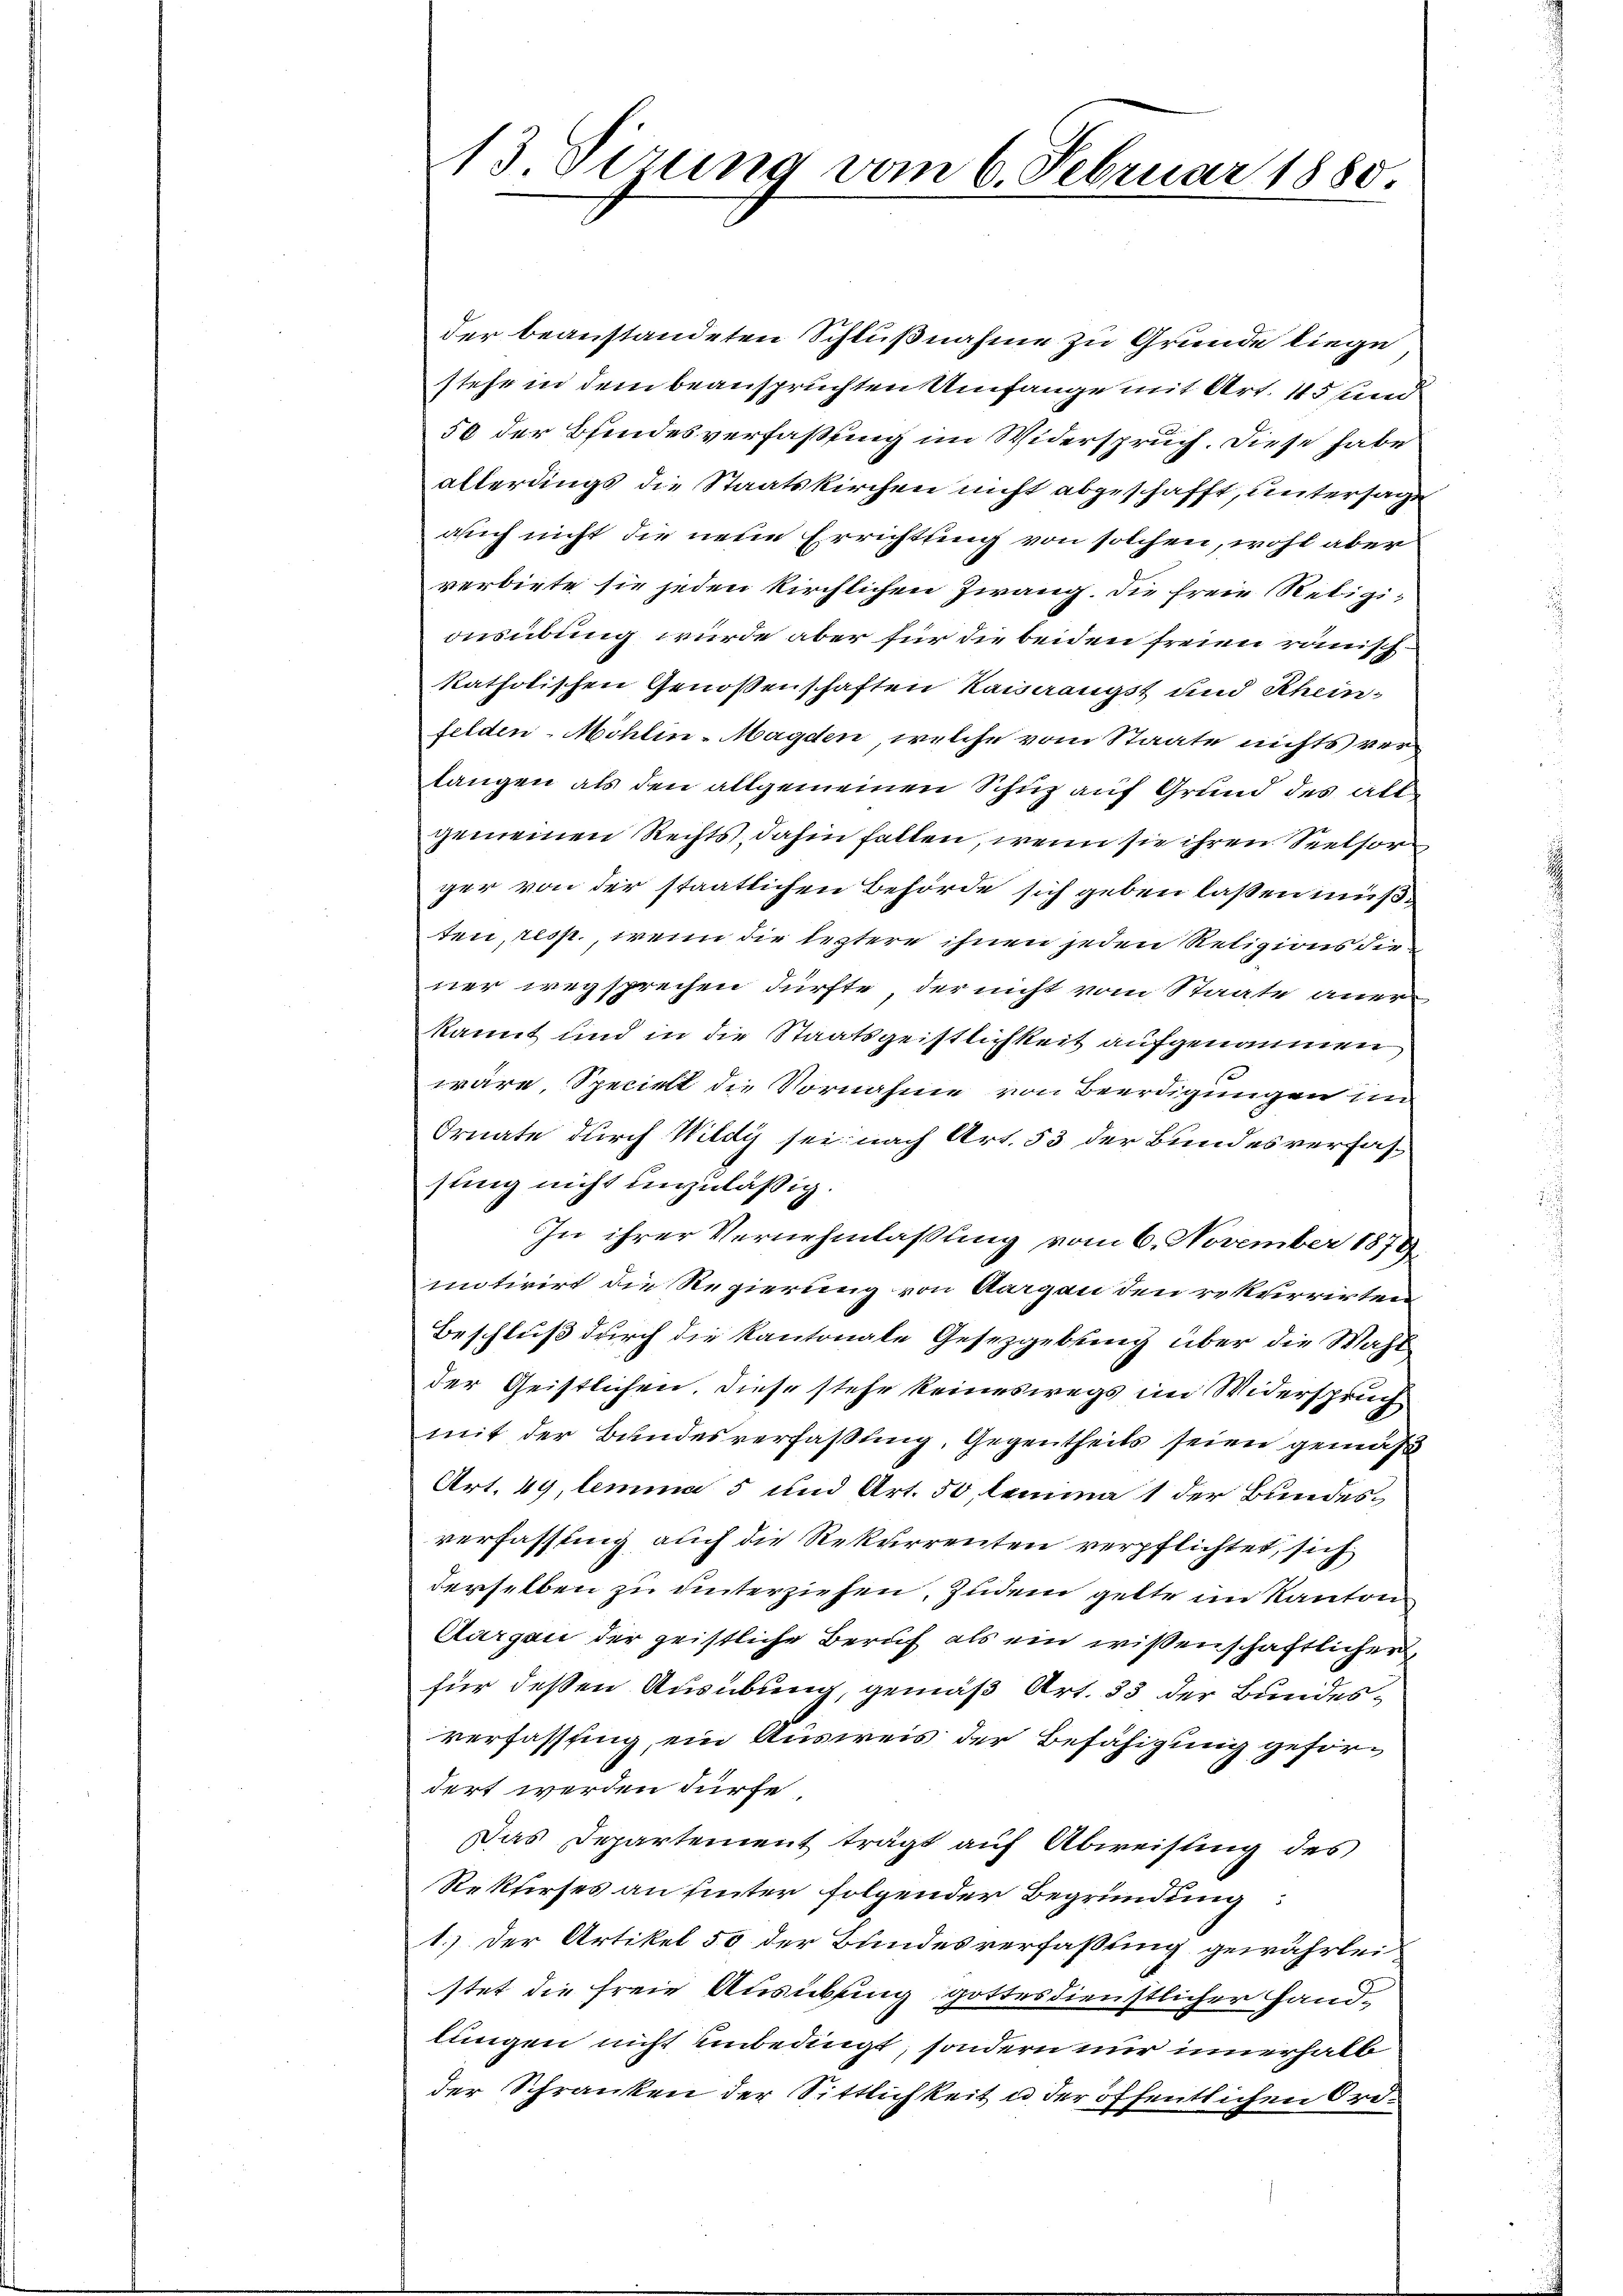
der beanstandeten Schlußnahme zu Grunde liege
stehe in dem beanspruchten Umfange mit Art. 45 und
50 der Blindesverfaßung im Widerspruch. Diese habe
allerdings die Staatskirchen nicht abgeschafft, untersage
auch nicht die neue Errichtung von solchen, wohl aber
verbiete sie jeden kirchlichen Zwang. Die freie Religiousübung wurde aber für die beiden freien römischkatholischen Genossenschaften Kauaengst und Schein-
felden-Möhlin-Magden, welche vom Staate nichts verlangen als den allgemeinen Schuz auf Grund des allgemeinen Rechts, dahin fallen, wenn sie ihren Seelsor
ger von der staatlichen Behörde sich geben laßen müßten, resp., wenn die leztere ihnen jeden Religions diener wegsprechen dürfte, der nicht vom Staate aner
kannt und in die Staatsgeistlichkeit aufgenommen
wäre, Speciell die Vornahme von Beerdigungen im
Ornate durch Wildy sei nach Art. 53 der Bundesverfassung nicht unzulässig.
In ihrer Vernehmlaßung vom 6. November 1879
mitirirt die Regierung von Aargau den rekurrirten
Beschluß durch die Kantonale Gesetzgebung über die Wahl
der Geistlichen. Diese stehe keineswegs im Widerspruch
mit der Bundesverfassung, Gegentheils seien gemäß
Art. 49, lemma 5 und Art. 50 lemma 1 der Bundesverfassung auch die Rekurrenten verpflichtet, sich
derselben zu unterziehen, zudem gelte im Kanton
Aargau der geistliche Beruf als ein wißenschaftlicher
für deßen Ausübung, gemäß Art. 33 der Bundesverfassung, ein Ausweis der Befähigung gefördert werden dürfe
Das Departement trägt auf Abweisung des
Rekfirses an Hinter folgender Begründung:
1.) Der Artikel 50 der Bundesverfaßung gewährlei
stet die freie Ausübung gottesdienstlicher Handlungen nicht unbedingt, sondern nur innerhalb
der Schranken der Sittlichkeit u der öffentlichen Ord¬

13 Sizung vom 6. Februar 1880.